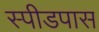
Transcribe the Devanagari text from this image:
स्पीडपास